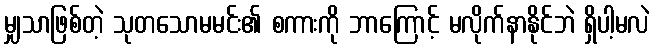
မျှသာဖြစ်တဲ့ သုတသောမမင်း၏ စကားကို ဘာကြောင့် မလိုက်နာနိုင်ဘဲ ရှိပါ့မလဲ